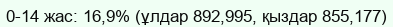
0-14 жас: 16,9% (ұлдар 892,995, қыздар 855,177)